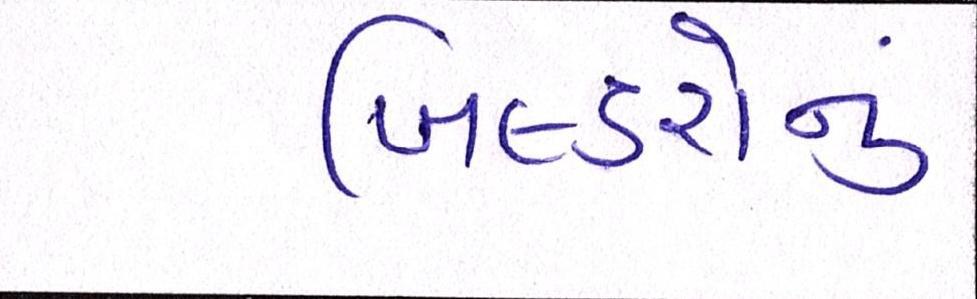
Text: બિલ્ડરોનું